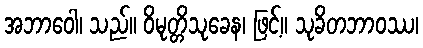
အဘာဝေါ၊ သည်။ ဝိမုတ္တိသုခေန၊ ဖြင့်။ သုခိတဘာဝဿ၊